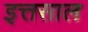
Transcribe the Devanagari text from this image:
इत्तसाल